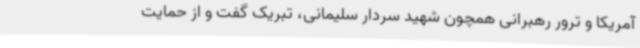
آمریکا و ترور رهبرانی همچون شهید سردار سلیمانی، تبریک گفت و از حمایت